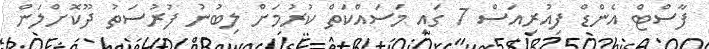
ފާސްޓް އެންޑް ފިއުރިއަސް 7 ގައި މަސައްކަތް ކުރުމަށް ލިބުނު ފުރުސަތު ދޫކޮށްލަން